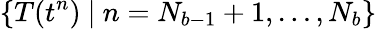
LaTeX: \{ T(t^{n})\ |\ n=N_{b-1}+1,\ldots,N_{b}\}